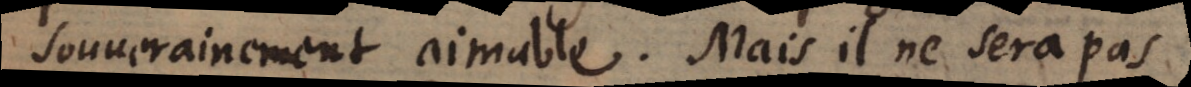
souverainement aimable. Mais auf Bl. 68